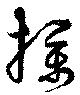
撲